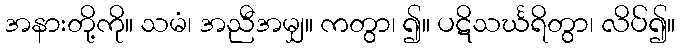
အနားတို့ကို။ သမံ၊ အညီအမျှ။ ကတွာ၊ ၍။ ပဋိသင်္ဃရိတွာ၊ လိပ်၍။